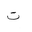
Letter: _ta